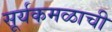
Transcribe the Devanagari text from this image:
सूर्यकमळाची